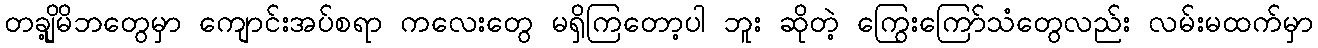
တချို့မိဘတွေမှာ ကျောင်းအပ်စရာ ကလေးတွေ မရှိကြတော့ပါ ဘူး ဆိုတဲ့ ကြွေးကြော်သံတွေလည်း လမ်းမထက်မှာ